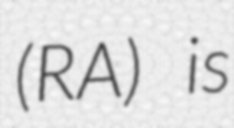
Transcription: (RA) is